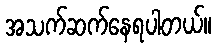
အသက်ဆက်နေရပါတယ်။